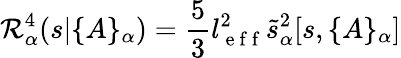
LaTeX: {\cal R}_{\alpha}^{4}(s|\{ A\} _{\alpha})=\frac 53l_{\mathrm{~e~f~f~}}^{2}\tilde{s}_{\alpha}^{2}[s,\{ A\} _{\alpha}]